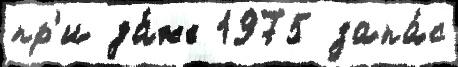
пр'и да́же 1975 запа́с